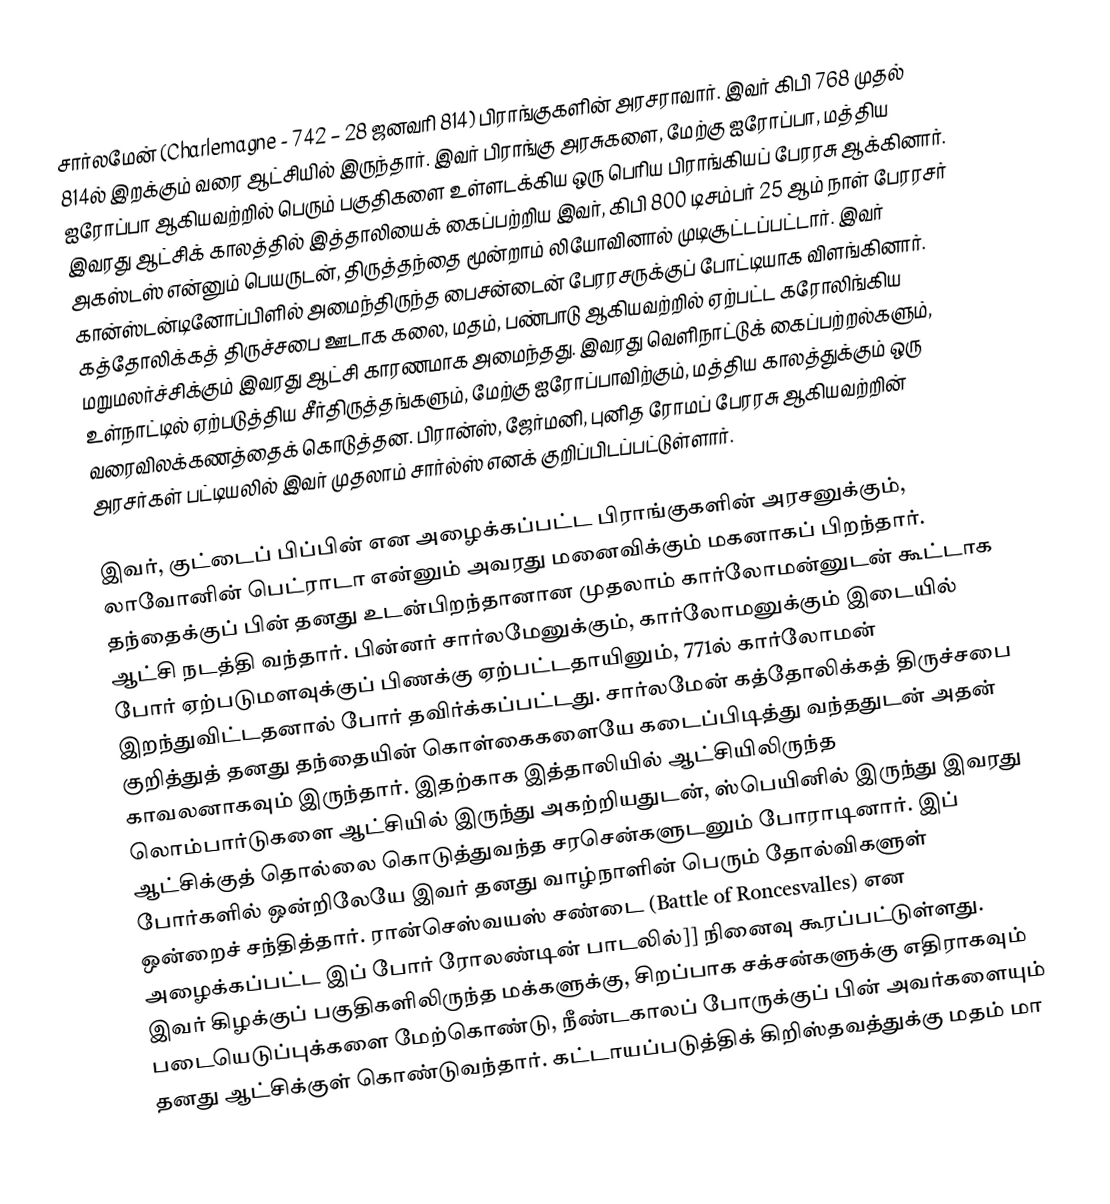
சார்லமேன் (Charlemagne - 742 – 28 ஜனவரி 814) பிராங்குகளின் அரசராவார். இவர் கிபி 768 முதல் 814ல் இறக்கும் வரை ஆட்சியில் இருந்தார். இவர் பிராங்கு அரசுகளை, மேற்கு ஐரோப்பா, மத்திய ஐரோப்பா ஆகியவற்றில் பெரும் பகுதிகளை உள்ளடக்கிய ஒரு பெரிய பிராங்கியப் பேரரசு ஆக்கினார். இவரது ஆட்சிக் காலத்தில் இத்தாலியைக் கைப்பற்றிய இவர், கிபி 800 டிசம்பர் 25 ஆம் நாள் பேரரசர் அகஸ்டஸ் என்னும் பெயருடன், திருத்தந்தை மூன்றாம் லியோவினால் முடிசூட்டப்பட்டார். இவர் கான்ஸ்டன்டினோப்பிளில் அமைந்திருந்த பைசன்டைன் பேரரசருக்குப் போட்டியாக விளங்கினார். கத்தோலிக்கத் திருச்சபை ஊடாக கலை, மதம், பண்பாடு ஆகியவற்றில் ஏற்பட்ட கரோலிங்கிய மறுமலர்ச்சிக்கும் இவரது ஆட்சி காரணமாக அமைந்தது. இவரது வெளிநாட்டுக் கைப்பற்றல்களும், உள்நாட்டில் ஏற்படுத்திய சீர்திருத்தங்களும், மேற்கு ஐரோப்பாவிற்கும், மத்திய காலத்துக்கும் ஒரு வரைவிலக்கணத்தைக் கொடுத்தன. பிரான்ஸ், ஜேர்மனி, புனித ரோமப் பேரரசு ஆகியவற்றின் அரசர்கள் பட்டியலில் இவர் முதலாம் சார்ல்ஸ் எனக் குறிப்பிடப்பட்டுள்ளார்.

இவர், குட்டைப் பிப்பின் என அழைக்கப்பட்ட பிராங்குகளின் அரசனுக்கும், லாவோனின் பெட்ராடா என்னும் அவரது மனைவிக்கும் மகனாகப் பிறந்தார். தந்தைக்குப் பின் தனது உடன்பிறந்தானான முதலாம் கார்லோமன்னுடன் கூட்டாக ஆட்சி நடத்தி வந்தார். பின்னர் சார்லமேனுக்கும், கார்லோமனுக்கும் இடையில் போர் ஏற்படுமளவுக்குப் பிணக்கு ஏற்பட்டதாயினும், 771ல் கார்லோமன் இறந்துவிட்டதனால் போர் தவிர்க்கப்பட்டது. சார்லமேன் கத்தோலிக்கத் திருச்சபை குறித்துத் தனது தந்தையின் கொள்கைகளையே கடைப்பிடித்து வந்ததுடன் அதன் காவலனாகவும் இருந்தார். இதற்காக இத்தாலியில் ஆட்சியிலிருந்த லொம்பார்டுகளை ஆட்சியில் இருந்து அகற்றியதுடன், ஸ்பெயினில் இருந்து இவரது ஆட்சிக்குத் தொல்லை கொடுத்துவந்த சரசென்களுடனும் போராடினார். இப் போர்களில் ஒன்றிலேயே இவர் தனது வாழ்நாளின் பெரும் தோல்விகளுள் ஒன்றைச் சந்தித்தார். ரான்செஸ்வயஸ் சண்டை (Battle of Roncesvalles) என அழைக்கப்பட்ட இப் போர் ரோலண்டின் பாடலில்]] நினைவு கூரப்பட்டுள்ளது. இவர் கிழக்குப் பகுதிகளிலிருந்த மக்களுக்கு, சிறப்பாக சக்சன்களுக்கு எதிராகவும் படையெடுப்புக்களை மேற்கொண்டு, நீண்டகாலப் போருக்குப் பின் அவர்களையும் தனது ஆட்சிக்குள் கொண்டுவந்தார். கட்டாயப்படுத்திக் கிறிஸ்தவத்துக்கு மதம் மா